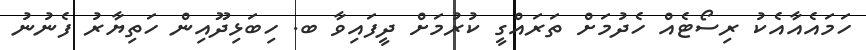
ހަމައެއާއެކު ރިސޯޓެއް ހެދުމަށް ތަރައްގީ ކުރުމަށް ދީފައިވާ ބ. ހިބަޅިދޫއިން ހަތިޔާރު ފެނުނު